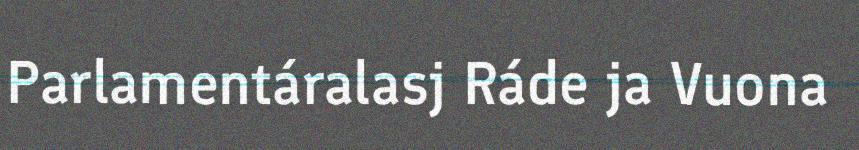
Parlamentáralasj Ráde ja Vuona